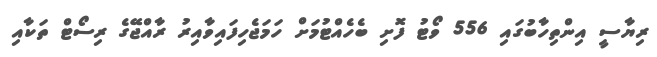
ރިޔާސީ އިންތިހާބުގައި 556 ވޯޓު ފޮށި ބެހެއްޓުމަށް ހަމަޖެހިފައިވާއިރު ރާއްޖޭގެ ރިސޯޓް ތަކާއި